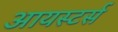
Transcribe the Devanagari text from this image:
आयस्टर्स